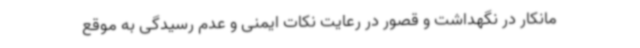
مانکار در نگهداشت و قصور در رعایت نکات ایمنی و عدم رسیدگی به موقع